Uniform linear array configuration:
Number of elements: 24
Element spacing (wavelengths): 0.25
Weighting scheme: exponential
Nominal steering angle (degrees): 0
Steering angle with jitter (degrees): -0.2315
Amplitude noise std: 0.05
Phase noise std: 0.05

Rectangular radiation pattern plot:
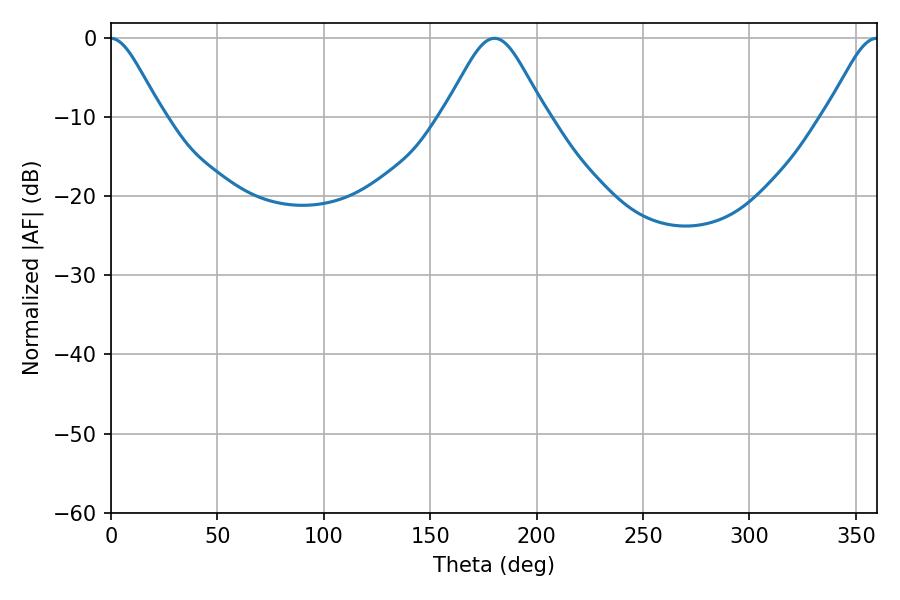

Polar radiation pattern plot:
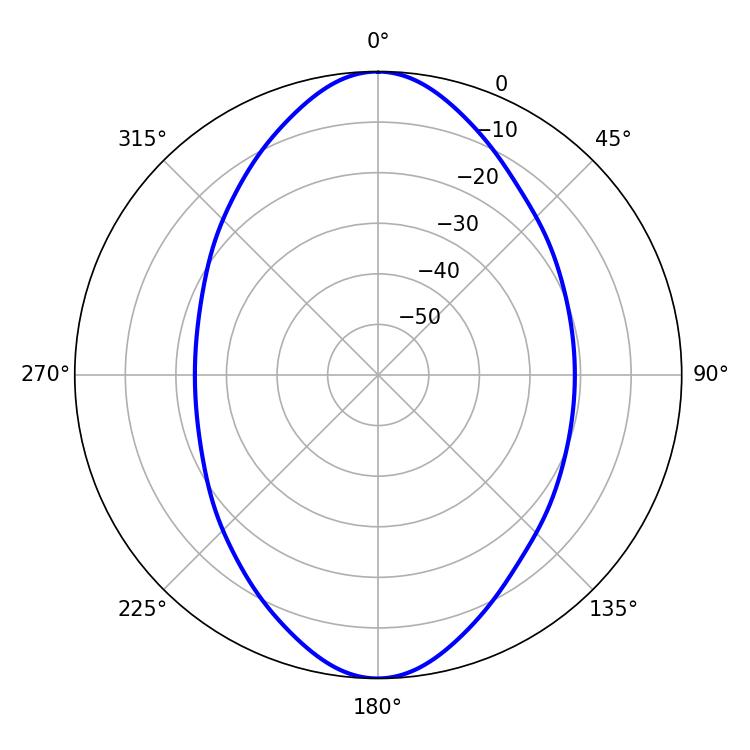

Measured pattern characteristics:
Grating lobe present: FALSE
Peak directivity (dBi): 27.286
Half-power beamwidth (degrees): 23.4
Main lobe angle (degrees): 180.18